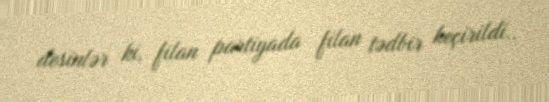
desinlər ki, filan partiyada filan tədbir keçirildi..